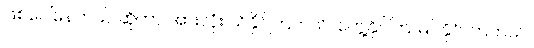
ဖြစ်ပေါ်နေတယ် ဆိုတာ အားလုံး သိနိုင်ကြတယ်၊ တွေ့နိုင်ကြ မြင်နိုင် ကြတယ်။